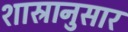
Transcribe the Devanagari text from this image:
शास्रानुसार